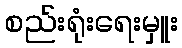
စည်းရုံးရေးမှူး